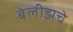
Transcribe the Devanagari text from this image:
बेलीझचे